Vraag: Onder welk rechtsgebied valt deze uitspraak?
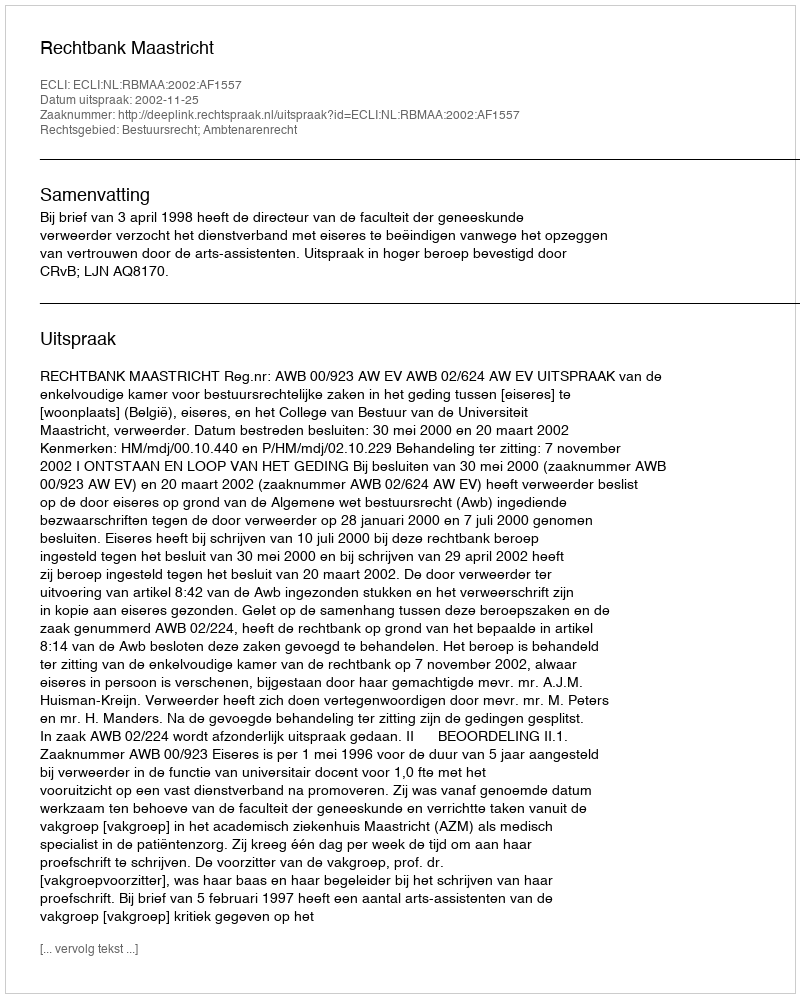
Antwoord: Bestuursrecht; Ambtenarenrecht